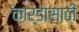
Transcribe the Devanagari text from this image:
कार्डासाठी